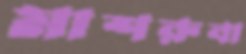
মাশরুবা